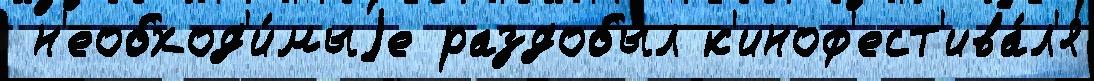
 н'еобход'и́мыjе раздобы́л к'иноф'ест'ива́л'я